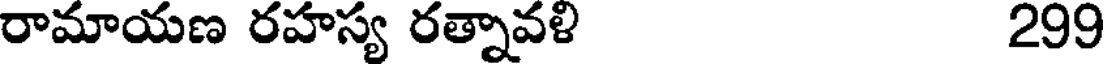
రామాయణ రహస్య రత్నావళి 299